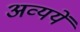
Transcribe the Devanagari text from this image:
अव्ययें